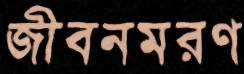
জীবনমরণ